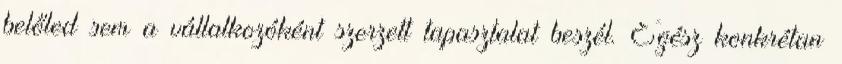
belőled sem a vállalkozóként szerzett tapasztalat beszél. Egész konkrétan